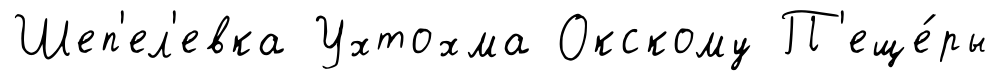
Шеп'ел'евка Ухтохма Окскому П'еще́ры